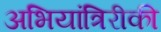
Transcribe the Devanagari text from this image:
अभियांत्रिरीकी